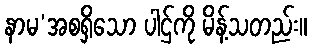
နာမ’အစရှိသော ပါဌ်ကို မိန့်သတည်း။